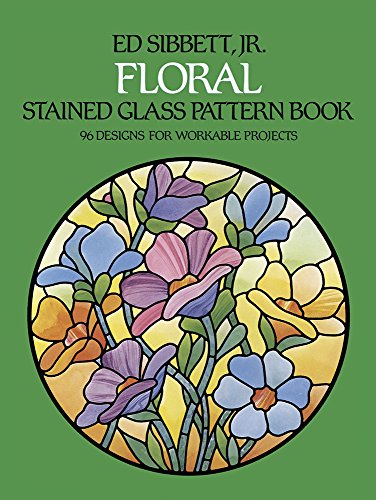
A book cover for Floral Stained Glass Pattern Book (Dover Stained Glass Instruction); Ed Sibbett Jr.; Crafts, Hobbies & Home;